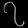
Digit: ၇